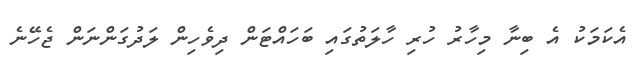
އެކަމަކު އެ ބިނާ މިހާރު ހުރި ހާލަތުގައި ބަހައްޓަން ދިވެހިން ލަދުގަންނަން ޖެހޭނެ